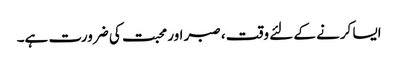
ایسا کرنے کے لئے وقت ، صبر اور محبت کی ضرورت ہے۔